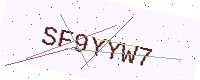
Text: SF9YYW7